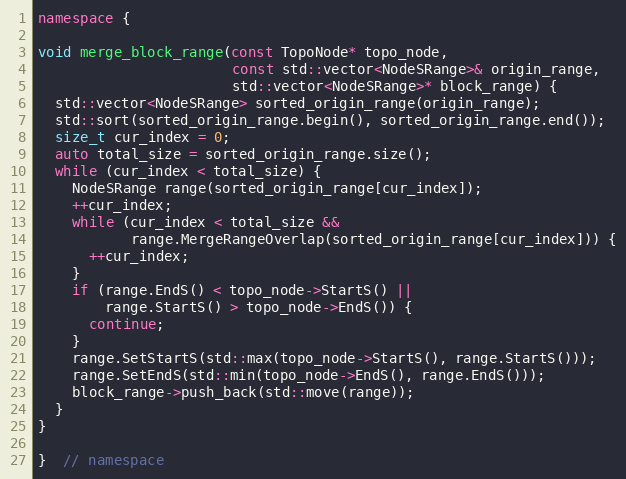
Language: C++
namespace {

void merge_block_range(const TopoNode* topo_node,
                       const std::vector<NodeSRange>& origin_range,
                       std::vector<NodeSRange>* block_range) {
  std::vector<NodeSRange> sorted_origin_range(origin_range);
  std::sort(sorted_origin_range.begin(), sorted_origin_range.end());
  size_t cur_index = 0;
  auto total_size = sorted_origin_range.size();
  while (cur_index < total_size) {
    NodeSRange range(sorted_origin_range[cur_index]);
    ++cur_index;
    while (cur_index < total_size &&
           range.MergeRangeOverlap(sorted_origin_range[cur_index])) {
      ++cur_index;
    }
    if (range.EndS() < topo_node->StartS() ||
        range.StartS() > topo_node->EndS()) {
      continue;
    }
    range.SetStartS(std::max(topo_node->StartS(), range.StartS()));
    range.SetEndS(std::min(topo_node->EndS(), range.EndS()));
    block_range->push_back(std::move(range));
  }
}

}  // namespace